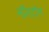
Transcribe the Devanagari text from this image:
नॉरटॉन